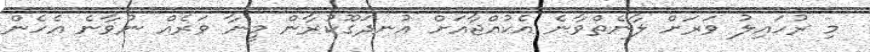
މި ރުހައިލު ވަރަށް ލާނެތްވާނެ އެކުއްޖާއަށް އުނދަގޫކުރާން މީނާ ވަރެއް ނުވާނެ އެހެން